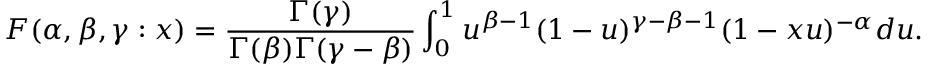
F ( \alpha , \beta , \gamma : x ) = \frac { \Gamma ( \gamma ) } { \Gamma ( \beta ) \Gamma ( \gamma - \beta ) } \int _ { 0 } ^ { 1 } u ^ { \beta - 1 } ( 1 - u ) ^ { \gamma - \beta - 1 } ( 1 - x u ) ^ { - \alpha } d u .